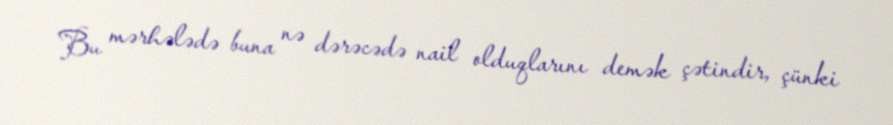
Bu mərhələdə buna nə dərəcədə nail olduqlarını demək çətindir, çünki